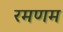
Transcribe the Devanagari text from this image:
रमणम